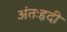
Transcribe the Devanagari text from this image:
अंतःहृदी